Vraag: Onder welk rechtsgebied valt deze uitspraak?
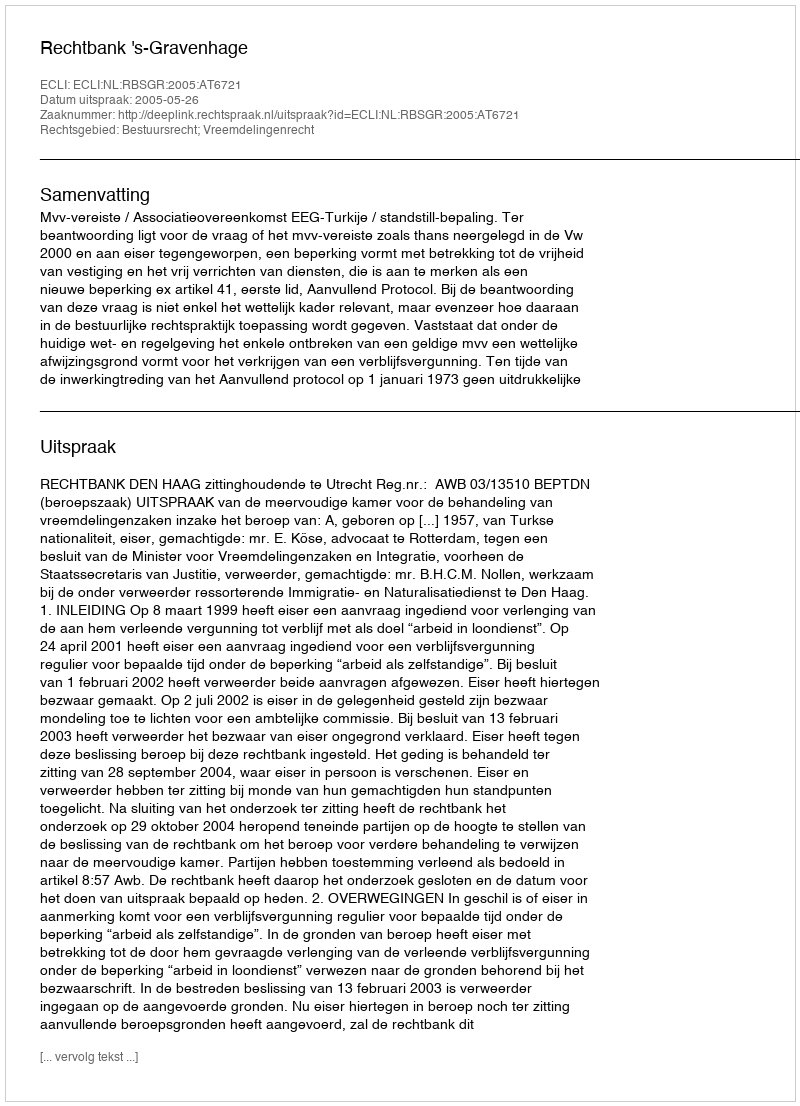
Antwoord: Bestuursrecht; Vreemdelingenrecht